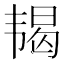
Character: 𬰵